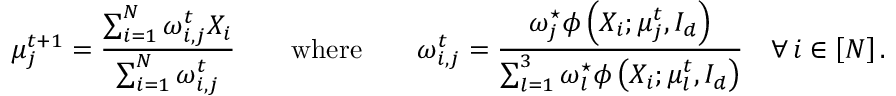
\mu _ { j } ^ { t + 1 } = \frac { \sum _ { i = 1 } ^ { N } \omega _ { i , j } ^ { t } X _ { i } } { \sum _ { i = 1 } ^ { N } \omega _ { i , j } ^ { t } } \qquad \mathrm { w h e r e } \qquad \omega _ { i , j } ^ { t } = \frac { \omega _ { j } ^ { \star } \phi \left( X _ { i } ; \mu _ { j } ^ { t } , I _ { d } \right) } { \sum _ { l = 1 } ^ { 3 } \omega _ { l } ^ { \star } \phi \left( X _ { i } ; \mu _ { l } ^ { t } , I _ { d } \right) } \quad \forall \, i \in \left[ N \right] .